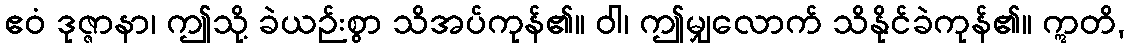
ဧဝံ ဒုဇ္ဇာနာ၊ ဤသို့ ခဲယဉ်းစွာ သိအပ်ကုန်၏။ ဝါ၊ ဤမျှလောက် သိနိုင်ခဲကုန်၏။ ဣတိ,